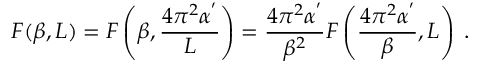
F ( \beta , L ) = F \left( \beta , \frac { 4 \pi ^ { 2 } \alpha ^ { ' } } { L } \right) = \frac { 4 \pi ^ { 2 } \alpha ^ { ' } } { \beta ^ { 2 } } F \left( \frac { 4 \pi ^ { 2 } \alpha ^ { ' } } { \beta } , L \right) \; .